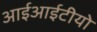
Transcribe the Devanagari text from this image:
आईआईटीयो